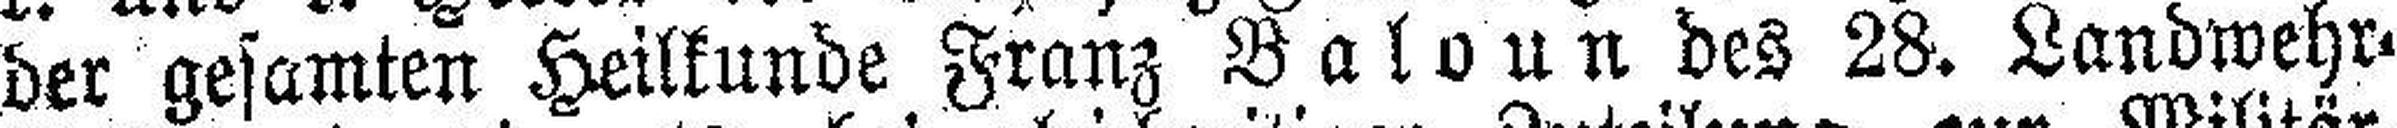
der gesamten Heilkunde Franz B aloun des 28. Landwehr=